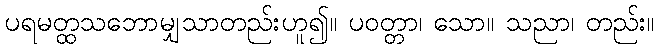
ပရမတ္ထသဘောမျှသာတည်းဟူ၍။ ပဝတ္တာ၊ သော။ သညာ၊ တည်း။